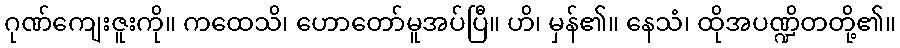
ဂုဏ်ကျေးဇူးကို။ ကထေသိ၊ ဟောတော်မူအပ်ပြီ။ ဟိ၊ မှန်၏။ နေသံ၊ ထိုအပဏ္ဍိတတို့၏။